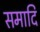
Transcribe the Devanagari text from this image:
समादि